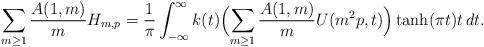
LaTeX: \begin{align*}\sum_{m \geq 1} \frac{A(1, m)}{m} H_{m, p} &= \frac{1}{\pi} \int_{-\infty}^\infty k(t) \Bigl( \sum_{m \geq 1} \frac{A(1, m)}{m} U(m^2 p, t) \Bigr) \tanh(\pi t) t \, d t.\end{align*}